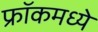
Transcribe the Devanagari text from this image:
फ्रॉकमध्ये